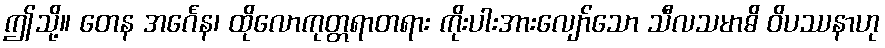
ဤသို့။ တေန အင်္ဂေန၊ ထိုလောကုတ္တရာတရား ကိုးပါးအားလျော်သော သီလသမာဓိ ဝိပဿနာဟု